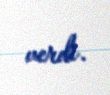
verdi.